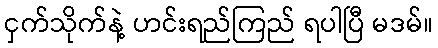
ငှက်သိုက်နဲ့ ဟင်းရည်ကြည် ရပါပြီ မဒမ်။